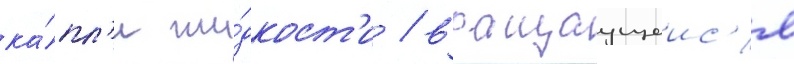
ка́пл'и жи́дкост'и / вращаущеис'я